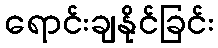
ရောင်းချနိုင်ခြင်း